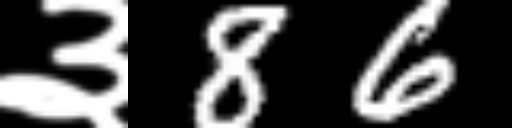
Text: ३86